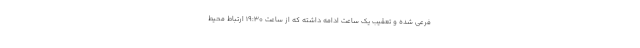
فرعی شده و تعقیب یک ساعت ادامه داشته که از ساعت ۱۹:۳۰ ارتباط محیط